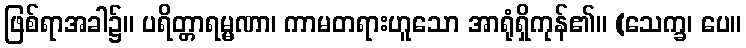
ဖြစ်ရာအခါ၌။ ပရိတ္တာရမ္မဏာ၊ ကာမတရားဟူသော အာရုံရှိကုန်၏။ (သေက္ခ၊ ပေ။